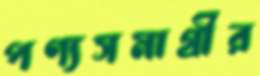
পণ্যসমাগ্রীর